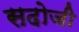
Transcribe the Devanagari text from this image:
सदोजी